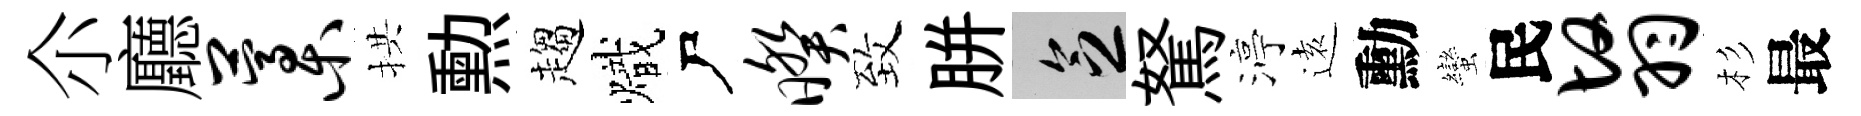
尒廳藁拱勲趨熾尸暌致胼乏駑渟逺勳蠻民翳杉最